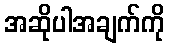
အဆိုပါအချက်ကို